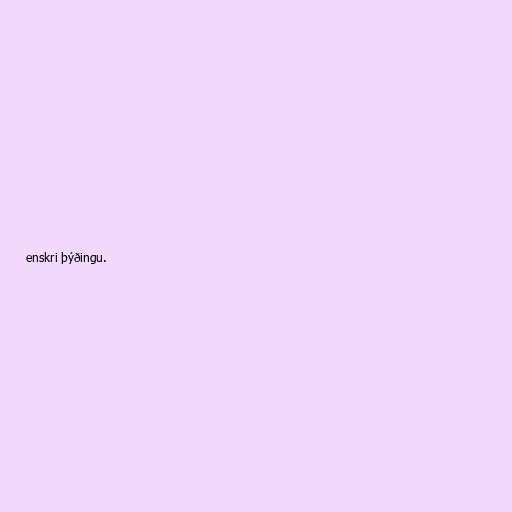
enskri þýðingu.